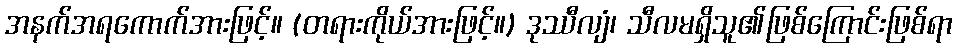
အနက်အရကောက်အားဖြင့်။ (တရားကိုယ်အားဖြင့်။) ဒုဿီလျံ၊ သီလမရှိသူ၏ဖြစ်ကြောင်းဖြစ်ရာ